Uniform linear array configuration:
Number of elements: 16
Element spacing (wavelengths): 0.25
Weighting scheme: blackman
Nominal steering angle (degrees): -45
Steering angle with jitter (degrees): -46.861
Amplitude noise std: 0.05
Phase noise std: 0.05

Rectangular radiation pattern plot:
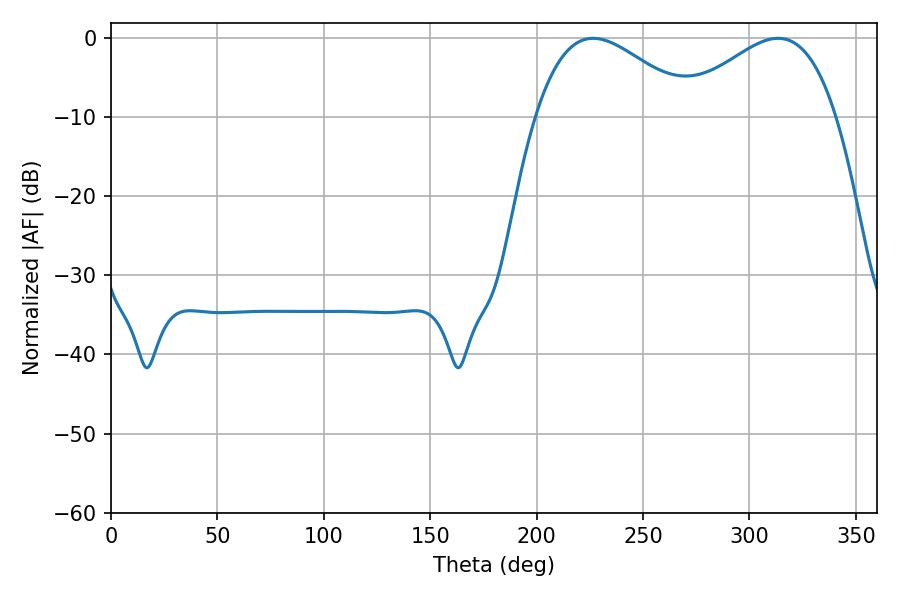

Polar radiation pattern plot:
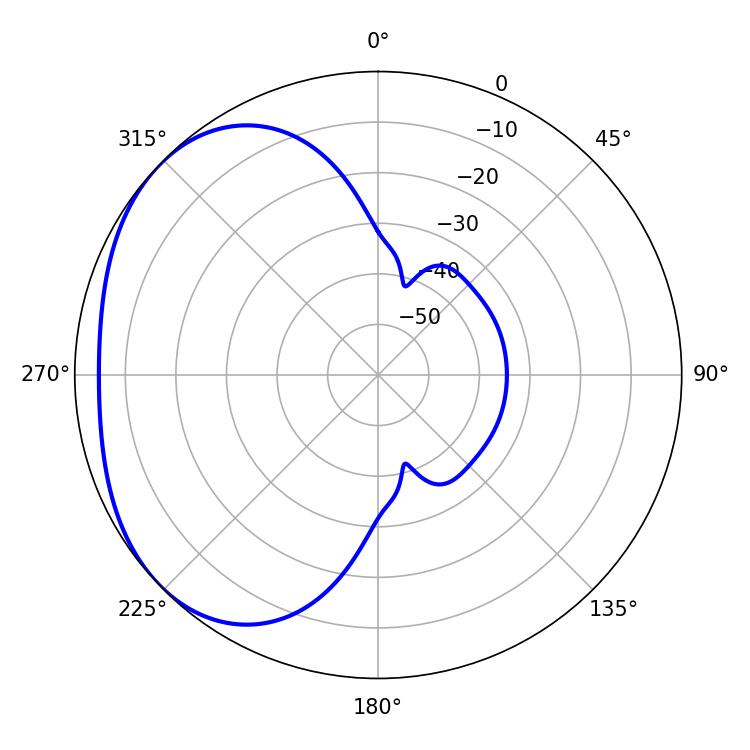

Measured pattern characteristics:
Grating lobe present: FALSE
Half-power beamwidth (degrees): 40.32
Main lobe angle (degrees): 226.62